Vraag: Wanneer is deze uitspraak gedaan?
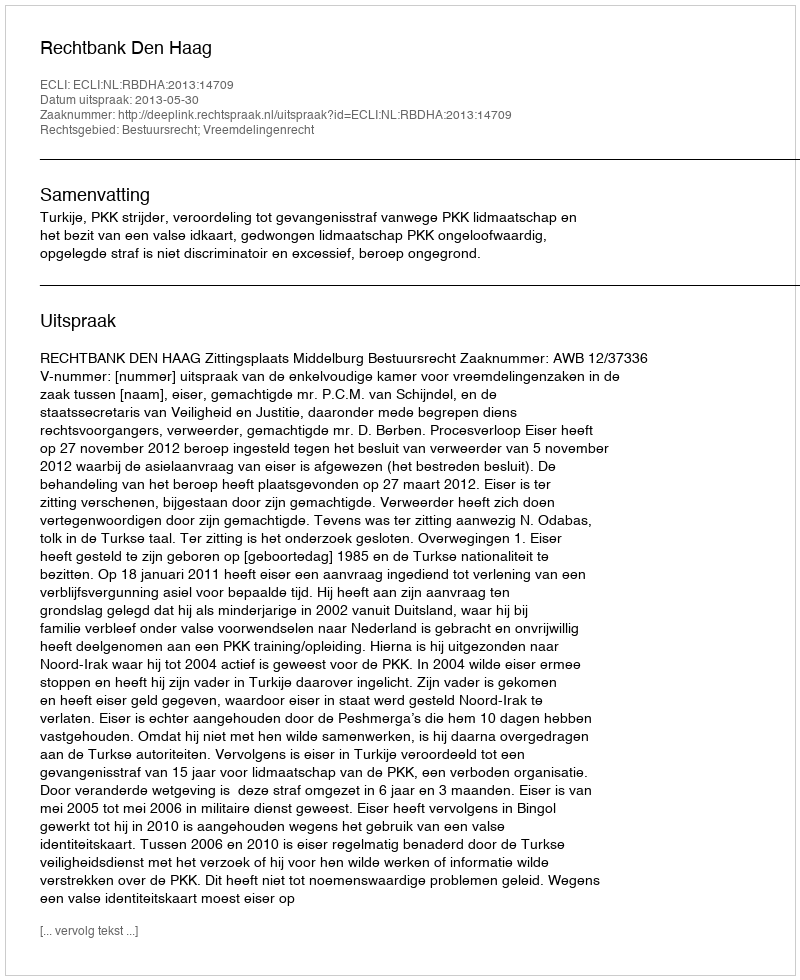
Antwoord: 2013-05-30